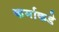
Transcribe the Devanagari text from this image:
कर्माकडे